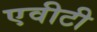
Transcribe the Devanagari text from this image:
एवीटी